Lunatic asylums Burma 1907-21 - 1907-1921
Year: 1907
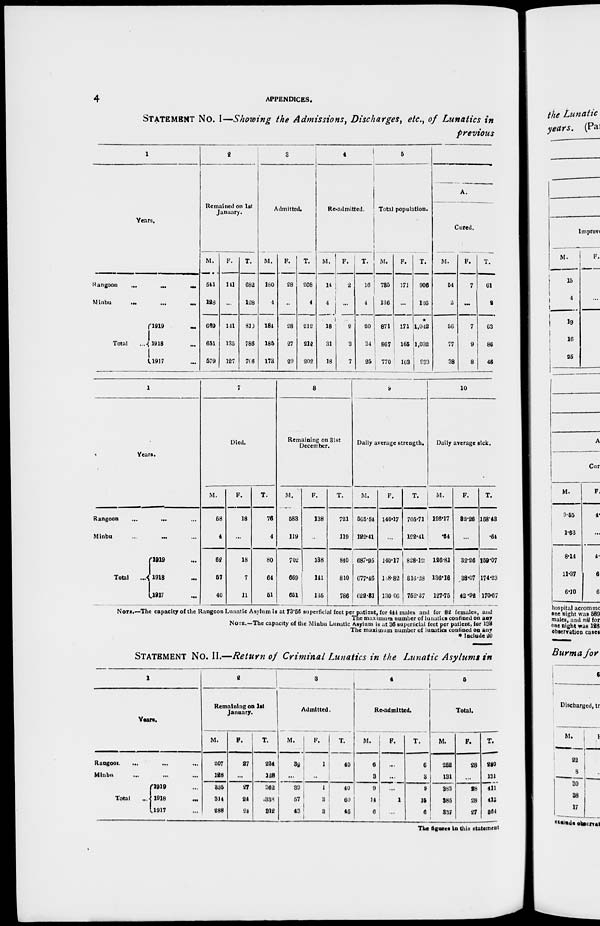
4
APPENDICES.
STATEMENT No. I—Showing the Admissions, Discharges, etc., of Lunatics in
previous
1
Years.
Rangoon
...
...
...
Minbu
...
...
...
Total
...
1919 ...
1918 ...
1917 ...
2
Remained on 1st
January.
M.
611
123
669
651
579
F.
141
...
141
135
127
T.
682
128
810
786
706
3
Admitted.
M.
180
4
184
185
173
F.
28
..
28
27
29
T.
208
4
212
212
202
4
Readmitted.
M.
14
4
18
31
18
F.
2
...
2
3
7
T.
16
4
20
34
25
5
Total population.
M.
785
136
871
867
770
F.
171
...
171
165
163
T.
906
136
*
1,042
1,032
933
A.
Cured.
M.
54
2
56
77
38
F.
7
...
7
9
8
T.
61
2
63
86
46
1
Years.
Rangoon
...
...
Minbu
... ...
Total
...
1919 ...
1918 ...
1917 ...
7
Died.
M.
58
4
62
57
40
F.
18
...
18
7
11
T.
76
4
80
64
51
8
Remaining on 31st
December.
M.
583
119
702
669
651
F.
138
...
138
141
135
T.
721
119
840
810
786
9
Daily average strength.
M.
565.54
122.41
687.95
677.46
622.31
F.
140.17
...
140.17
188.82
130.06
T.
705.71
122.41
828.12
816.28
752.37
10
Daily average sick.
M.
126.17
*64
126.81
136.16
127.75
F.
82.26
...
32.26
38.07
42.92
T.
158.43
.64
159.07
174.23
170.67
NOTE.—The capacity of the Rangoon Lunatic Asylum is at 73.56 superficial feet per patient, for 444 males and for 82 females, and
The maximum number of lunatics confined on any
NOTE.—The capacity of the Minbu Lunatic Asylum is at 36 superficial feet per patient, for 138
The maximum number of lunatics confined on any
* Include 20
STATEMENT No. II.—Return of Criminal Lunatics in the Lunatic Asylums in
1
Years.
Rangoon... ... ...
Minbu ... ... ...
Total
1919 ...
1918 ...
1917 ...
2
Remaining on 1st
January.
M.
207
128
335
314
288
F.
27
...
27
24
24
T.
234
128
362
338
312
3
Admitted.
M.
39
...
39
57
43
F.
1
...
1
3
3
T.
40
40
60
46
4
Readmitted.
M.
6
3
9
14
6
F.
...
...
...
1
...
T.
6
3
9
15
6
6
Total.
M.
262
131
383
385
837
F.
28
...
28
28
27
T.
280
131
411
413
864
The figures in this statement